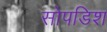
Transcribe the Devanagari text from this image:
सोपडिश